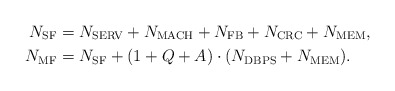
\begin{align*}N_{\rm{SF}} &= N_{\rm{SERV}} + N_{\rm{MACH}}+ N_{\rm{FB}} + N_{\rm{CRC}} + N_{\rm{MEM}},\\N_{\rm{MF}} &= N_{\rm{SF}} + (1+Q+A)\cdot (N_{\rm{DBPS}}+N_{\rm{MEM}}).\end{align*}